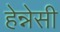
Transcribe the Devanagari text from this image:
हेन्नेसी